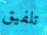
تلفيق